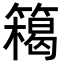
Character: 𥴭